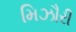
મિઝૌરી